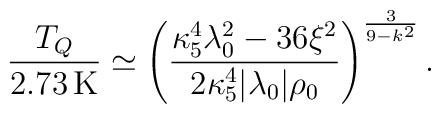
{T_{Q}\over 2.73\,{\rm K}} \simeq \left({\kappa_{5}^4\lambda_{0}^2-36\xi^2\over 2\kappa_{5}^{4}|\lambda_{0}|\rho_{0}}\right)^{3\over 9-k^2}.